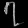
Digit: ၇